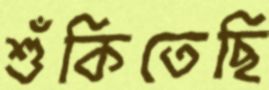
শুঁকিতেছি